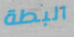
البطة